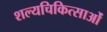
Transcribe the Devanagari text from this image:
शल्यचिकित्साओं